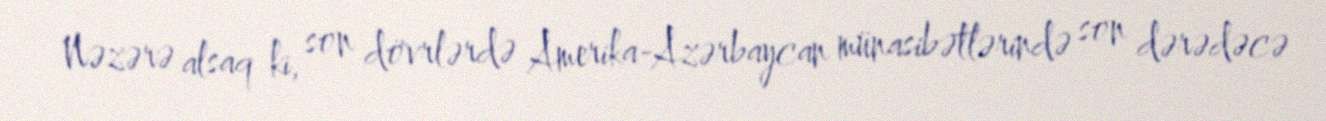
Nəzərə alsaq ki, son dövrlərdə Amerika-Azərbaycan münasibətlərində son dərədəcə